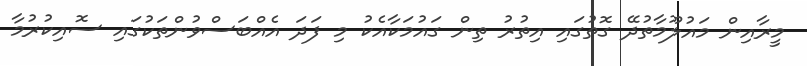
މީރާއިން މައުލޫމާތުދޭ ގޮތުގައި އިތުރު ތިން ގައުމަކާއެކު މި ފަދަ އެއްބަސްވުންތަކުގައި ސޮއިކުރުމާ